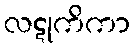
လဋုကိကာ